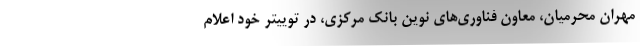
مهران محرمیان، معاون فناوری‌های نوین بانک مرکزی، در توییتر خود اعلام